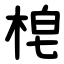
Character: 梍